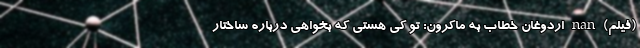
(فیلم) nan اردوغان خطاب به ماکرون: تو کی هستی که بخواهی درباره ساختار